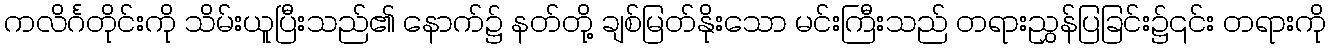
ကလိင်္ဂတိုင်းကို သိမ်းယူပြီးသည်၏ နောက်၌ နတ်တို့ ချစ်မြတ်နိုးသော မင်းကြီးသည် တရားညွှန်ပြခြင်း၌၎င်း တရားကို